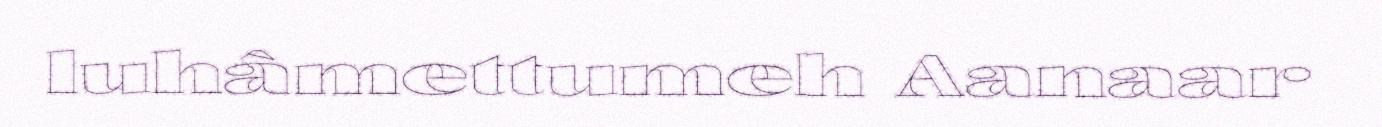
luhâmettumeh Aanaar